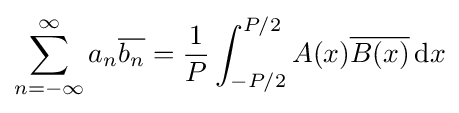
\sum _{n=-\infty }^{\infty }a_{n}{\overline {b_{n}}}={\frac {1}{P}}\int _{-P/2}^{P/2}A(x){\overline {B(x)}}\,\mathrm {d} x